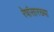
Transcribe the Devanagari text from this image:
रेषांसारख्या